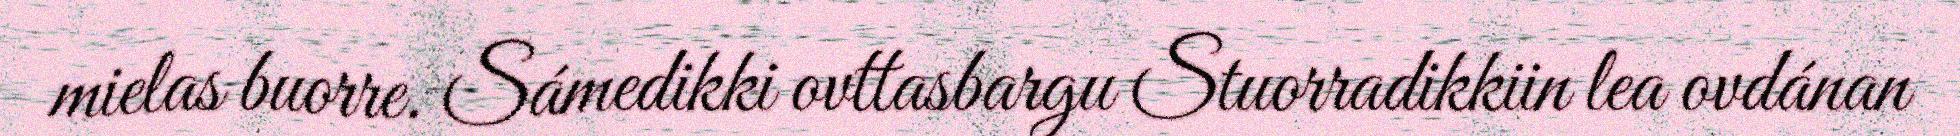
mielas buorre. Sámedikki ovttasbargu Stuorradikkiin lea ovdánan